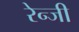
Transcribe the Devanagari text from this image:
रेन्जी